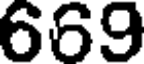
669